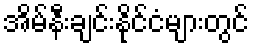
အိမ်နီးချင်းနိုင်ငံများတွင်